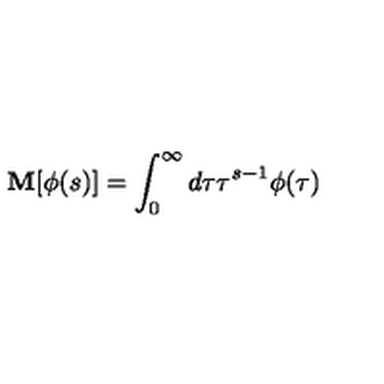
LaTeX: \mathbf { M } [ \phi ( s ) ] = \int _ { 0 } ^ { \infty } d \tau \tau ^ { s - 1 } \phi ( \tau )